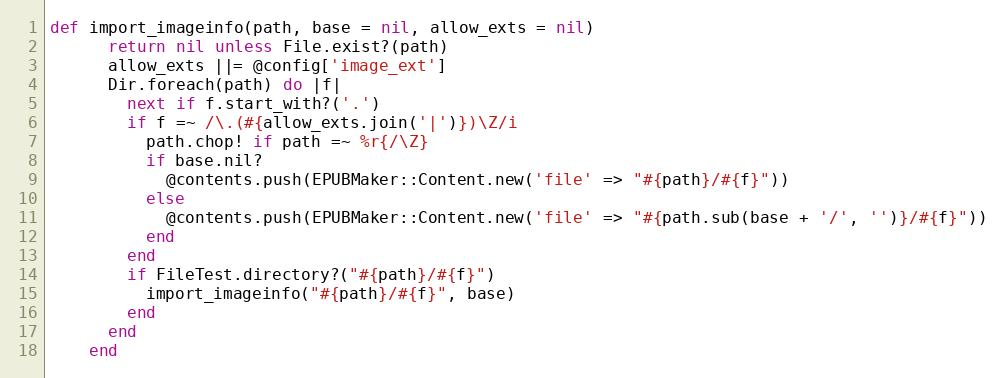
Language: Ruby
def import_imageinfo(path, base = nil, allow_exts = nil)
      return nil unless File.exist?(path)
      allow_exts ||= @config['image_ext']
      Dir.foreach(path) do |f|
        next if f.start_with?('.')
        if f =~ /\.(#{allow_exts.join('|')})\Z/i
          path.chop! if path =~ %r{/\Z}
          if base.nil?
            @contents.push(EPUBMaker::Content.new('file' => "#{path}/#{f}"))
          else
            @contents.push(EPUBMaker::Content.new('file' => "#{path.sub(base + '/', '')}/#{f}"))
          end
        end
        if FileTest.directory?("#{path}/#{f}")
          import_imageinfo("#{path}/#{f}", base)
        end
      end
    end